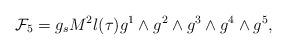
LaTeX: \begin{align*}{\cal F}_5= g_s M^2 l(\tau) g^1 \wedge g^2 \wedge g^3 \wedge g^4 \wedge g^5, \end{align*}